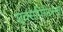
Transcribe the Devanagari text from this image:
एक्सपिरीअन्स